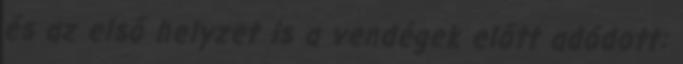
és az első helyzet is a vendégek előtt adódott: